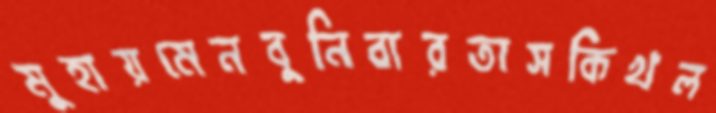
মুহায়মেনবুনিবারতাসকিখল